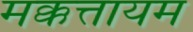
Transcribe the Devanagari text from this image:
मक्कत्तायम